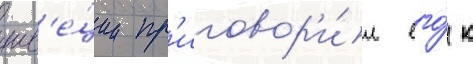
шв'е́ции пр'иговор'и́л его́ к